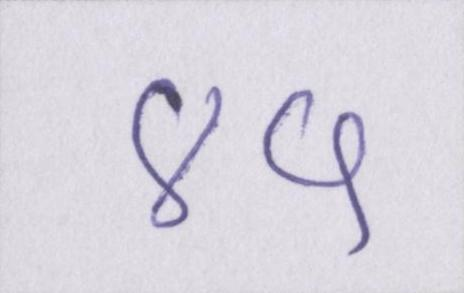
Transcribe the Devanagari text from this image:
४५